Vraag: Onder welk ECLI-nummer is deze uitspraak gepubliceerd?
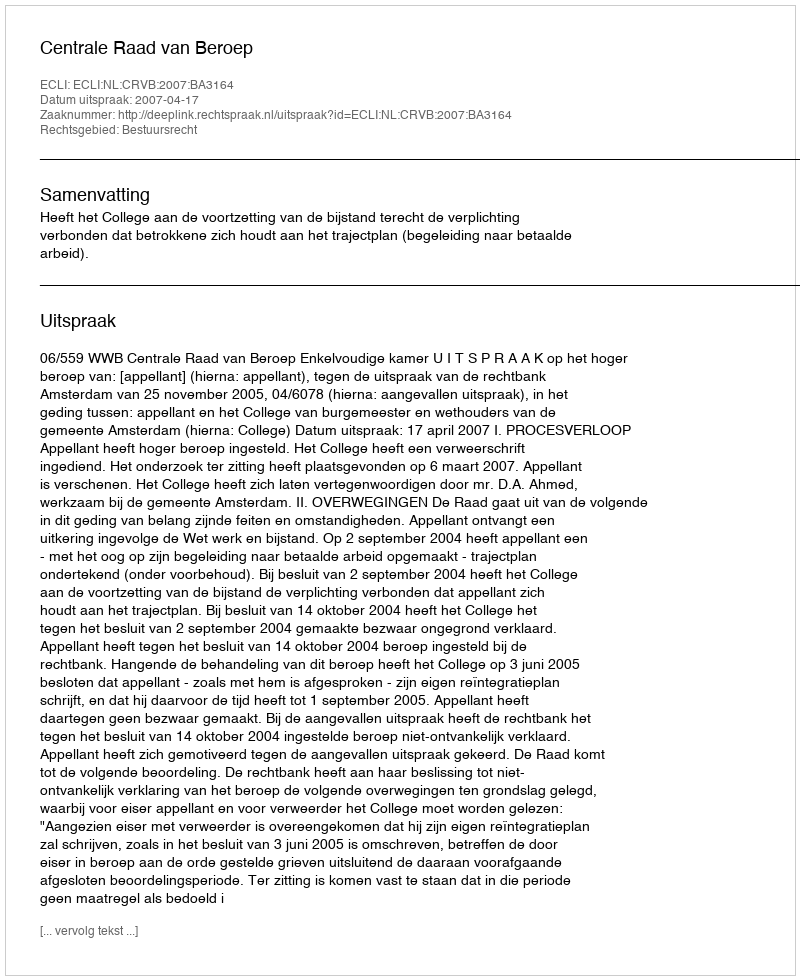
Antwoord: ECLI:NL:CRVB:2007:BA3164